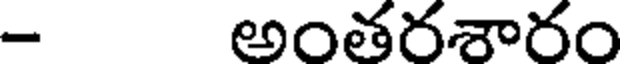
- అంతరశారం